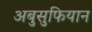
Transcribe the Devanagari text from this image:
अबुसुफियान